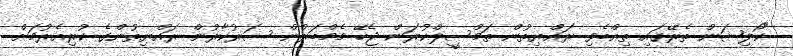
"ކޯލިޝަން ތެރޭގައި ތިއްބެވި ރައްޔިތުން ތަމްސީލްކުރަން ޖެހޭ މެމްބަރުން ސަރުކާރުން ރައްޔިތުންގެ ކުރިއެރުމަށް